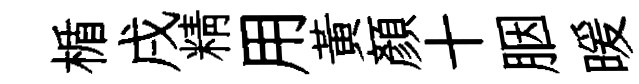
楯戌精用黄顔十胭暖